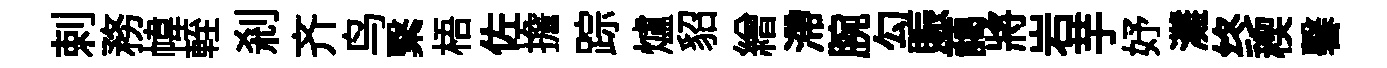
剌務幃輊刹齐鸟繄梧佐擔踪爐貂繒滯腕勾賑藹將岩芋妤灘终稧馨